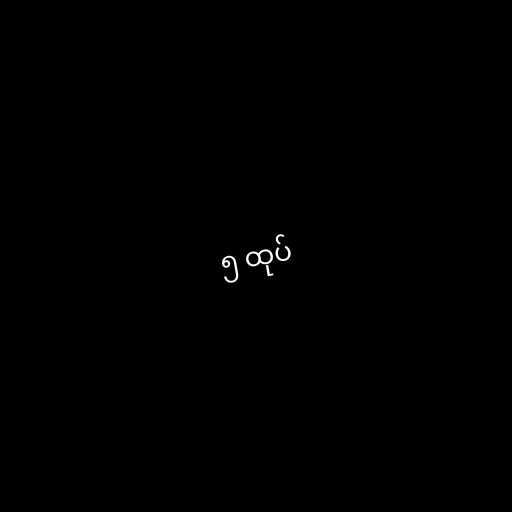
၅ ထုပ်